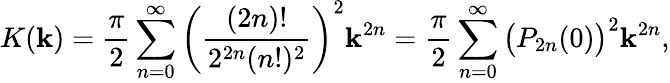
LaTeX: K(\mathbf{k})={\frac{{\pi}}{{2}}}\sum_{n=0}^{\infty}\left({\frac{{(2n)!}}{{2^{2n}(n!)^{2}}}}\right)^{2}\mathbf{k}^{2n}={\frac{{\pi}}{{2}}}\sum_{n=0}^{\infty}{\bigl(}P_{2n}(0){\bigr)}^{2}\mathbf{k}^{2n},